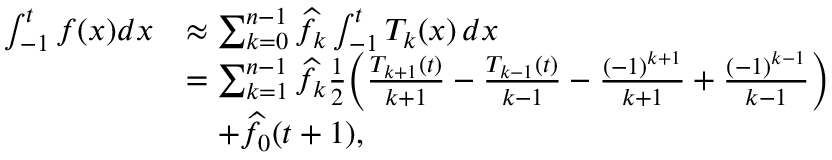
\begin{array} { r l } { \int _ { - 1 } ^ { t } f ( x ) d x } & { \approx \sum _ { k = 0 } ^ { n - 1 } \widehat { f } _ { k } \int _ { - 1 } ^ { t } T _ { k } ( x ) \, d x } \\ & { = \sum _ { k = 1 } ^ { n - 1 } \widehat { f } _ { k } \frac { 1 } { 2 } \Bigl ( \frac { T _ { k + 1 } ( t ) } { k + 1 } - \frac { T _ { k - 1 } ( t ) } { k - 1 } - \frac { ( - 1 ) ^ { k + 1 } } { k + 1 } + \frac { ( - 1 ) ^ { k - 1 } } { k - 1 } \Bigr ) } \\ & { \ \ \ + \widehat { f } _ { 0 } ( t + 1 ) , } \end{array}